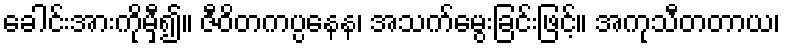
ခေါင်းအားကိုမှီ၍။ ဇီဝိတကပ္ပနေန၊ အသက်မွေးခြင်းဖြင့်။ အကုသီတတာယ၊